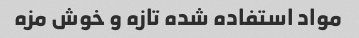
مواد استفاده شده تازه و خوش مزه